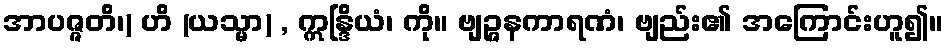
အာပဇ္ဇတိ၊) ဟိ (ယသ္မာ) , ဣန္ဒြိယံ၊ ကို။ ဗျဉ္ဇနကာရဏံ၊ ဗျည်း၏ အကြောင်းဟူ၍။